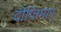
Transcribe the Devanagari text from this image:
दीप्तिमान्